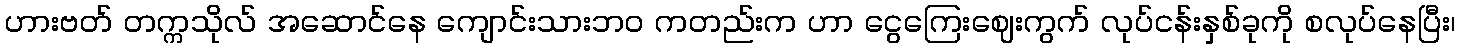
ဟားဗတ် တက္ကသိုလ် အဆောင်နေ ကျောင်းသားဘ၀ ကတည်းက ဟာ ငွေကြေးဈေးကွက် လုပ်ငန်းနှစ်ခုကို စလုပ်နေပြီး၊